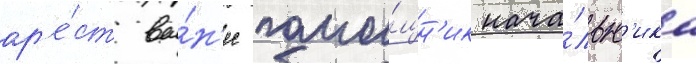
ар'е́ст вы́н'ес помо́щн'ик нача́льн'ика